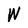
Character: W